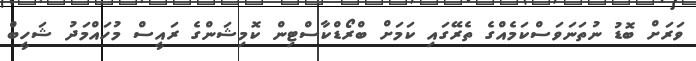
ވަރަށް ބޮޑު ނުތަނަވަސްކަމެއްގެ ތެރޭގައި ކަމަށް ބްރޯޑްކާސްޓިން ކޮމިޝަންގެ ރައީސް މުހައްމަދު ޝަހީބް